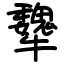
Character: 犩